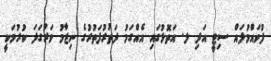
ފުވައްމުލައް ސިޓީ އަދި ލ. އަތޮޅުގައި އެއްގަމު ދަތުރުފަތުރުގެ ނިޒާމު ވަރުގަދަ ކުރުމަކީ